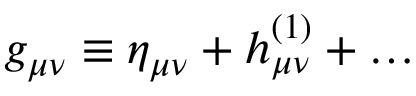
g _ { \mu \nu } \equiv \eta _ { \mu \nu } + h _ { \mu \nu } ^ { ( 1 ) } + \ldots